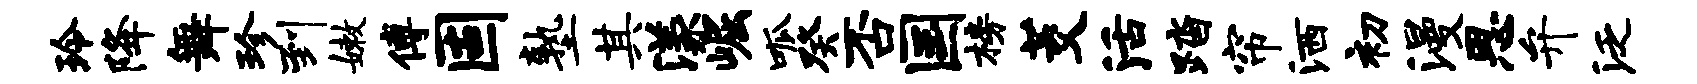
玲降舞珍到嫩傅固塾其漾崛呱癸否国榜茭活踏帘洒初漫思弁泛